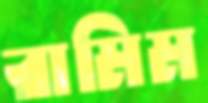
রামিম